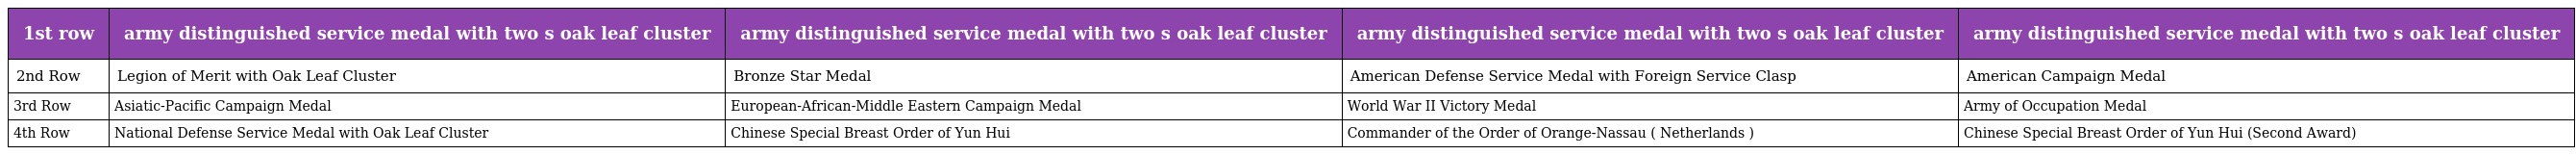
| 1st row | army distinguished service medal with two s oak leaf cluster | army distinguished service medal with two s oak leaf cluster | army distinguished service medal with two s oak leaf cluster | army distinguished service medal with two s oak leaf cluster |
 | --- | --- | --- | --- | --- |
 | 2nd Row | Legion of Merit with Oak Leaf Cluster | Bronze Star Medal | American Defense Service Medal with Foreign Service Clasp | American Campaign Medal |
 | 3rd Row | Asiatic-Pacific Campaign Medal | European-African-Middle Eastern Campaign Medal | World War II Victory Medal | Army of Occupation Medal |
 | 4th Row | National Defense Service Medal with Oak Leaf Cluster | Chinese Special Breast Order of Yun Hui | Commander of the Order of Orange-Nassau ( Netherlands ) | Chinese Special Breast Order of Yun Hui (Second Award) |